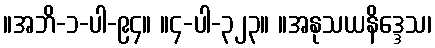
။အဘိ-၁-ပါ-၉၄။ ။၄-ပါ-၃၂၃။ ။အနုသယနိဒ္ဒေသ၊